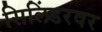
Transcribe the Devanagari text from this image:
सिलिंडरवर